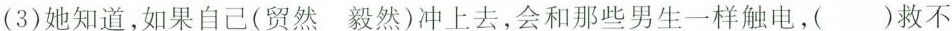
(3)她知道，如果自己(贸然 毅然)冲上去，会和那些男生一样触电，( )救不